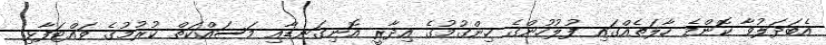
އެބަދަލުވާ ކޮންމެ ހާލަތެއްގައި ފުލުހުންގެ ހިންގުމުގެ އިދާރީ އޮނިގަނޑާއި މަސައްކަތް ކުރުމުގެ ވައްޓަފާޅި